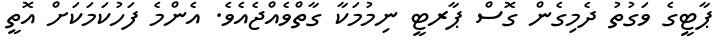
ޕާޓީގެ ވަގުތު ދެމިގެން ގޮސް ޕާރޓީ ނިމުމަކާ ގާތްވެއްޖެއެވެ. އެންމެ ފަހުކަމަކަށް އޮތީ